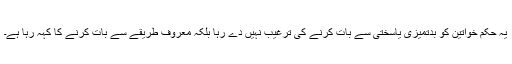
یہ حکم خواتین کو بدتمیزی یاسختی سے بات کرنے کی ترغیب نہیں دے رہا بلکہ معروف طریقے سے بات کرنے کا کہہ رہا ہے۔